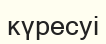
күресуі